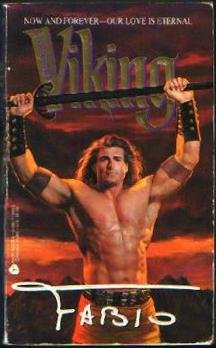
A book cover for Viking; Fabio; Romance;